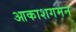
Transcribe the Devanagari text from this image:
आकाशगमन